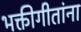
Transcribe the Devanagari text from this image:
भक्तीगीतांना